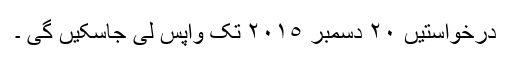
درخواستیں ٢٠ دسمبر ٢٠١٥ تک واپس لی جاسکیں گی ۔